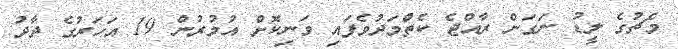
މެޗުގެ ލީޑު ނަގަން ރާއްޖެ ކެތްމަދުވެފައި ވަނިކޮށް އުމުރުން 19 އަހަރުގެ ދާދު